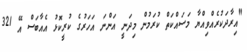
"އިރާދަކުރެއްވިއްޔާ މަސައްކަތް ކުރަމުން މިދަނީ އަންނަ އަހަރުގެ ކުރީކޮޅު އެއާބަސް އޭ 321